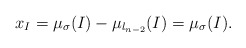
\begin{align*}x_I = {\mu}_{\sigma}(I) - \mu_{l_{n-2}} (I) = {\mu}_{\sigma}(I). \end{align*}